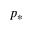
p _ { * }